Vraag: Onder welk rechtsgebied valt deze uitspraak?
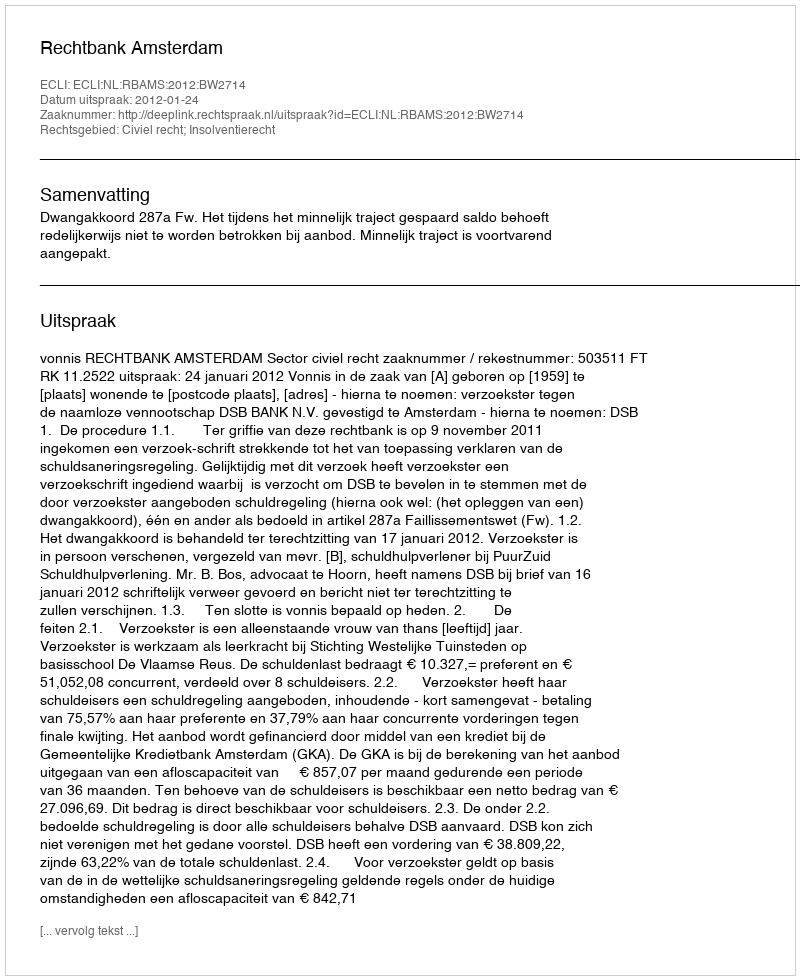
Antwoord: Civiel recht; Insolventierecht